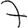
Digit: 7